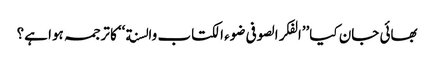
بھائی جان کیا’’الفکر الصوفی ضوء الکتاب والسنة ‘‘کا ترجمہ ہوا ہے؟